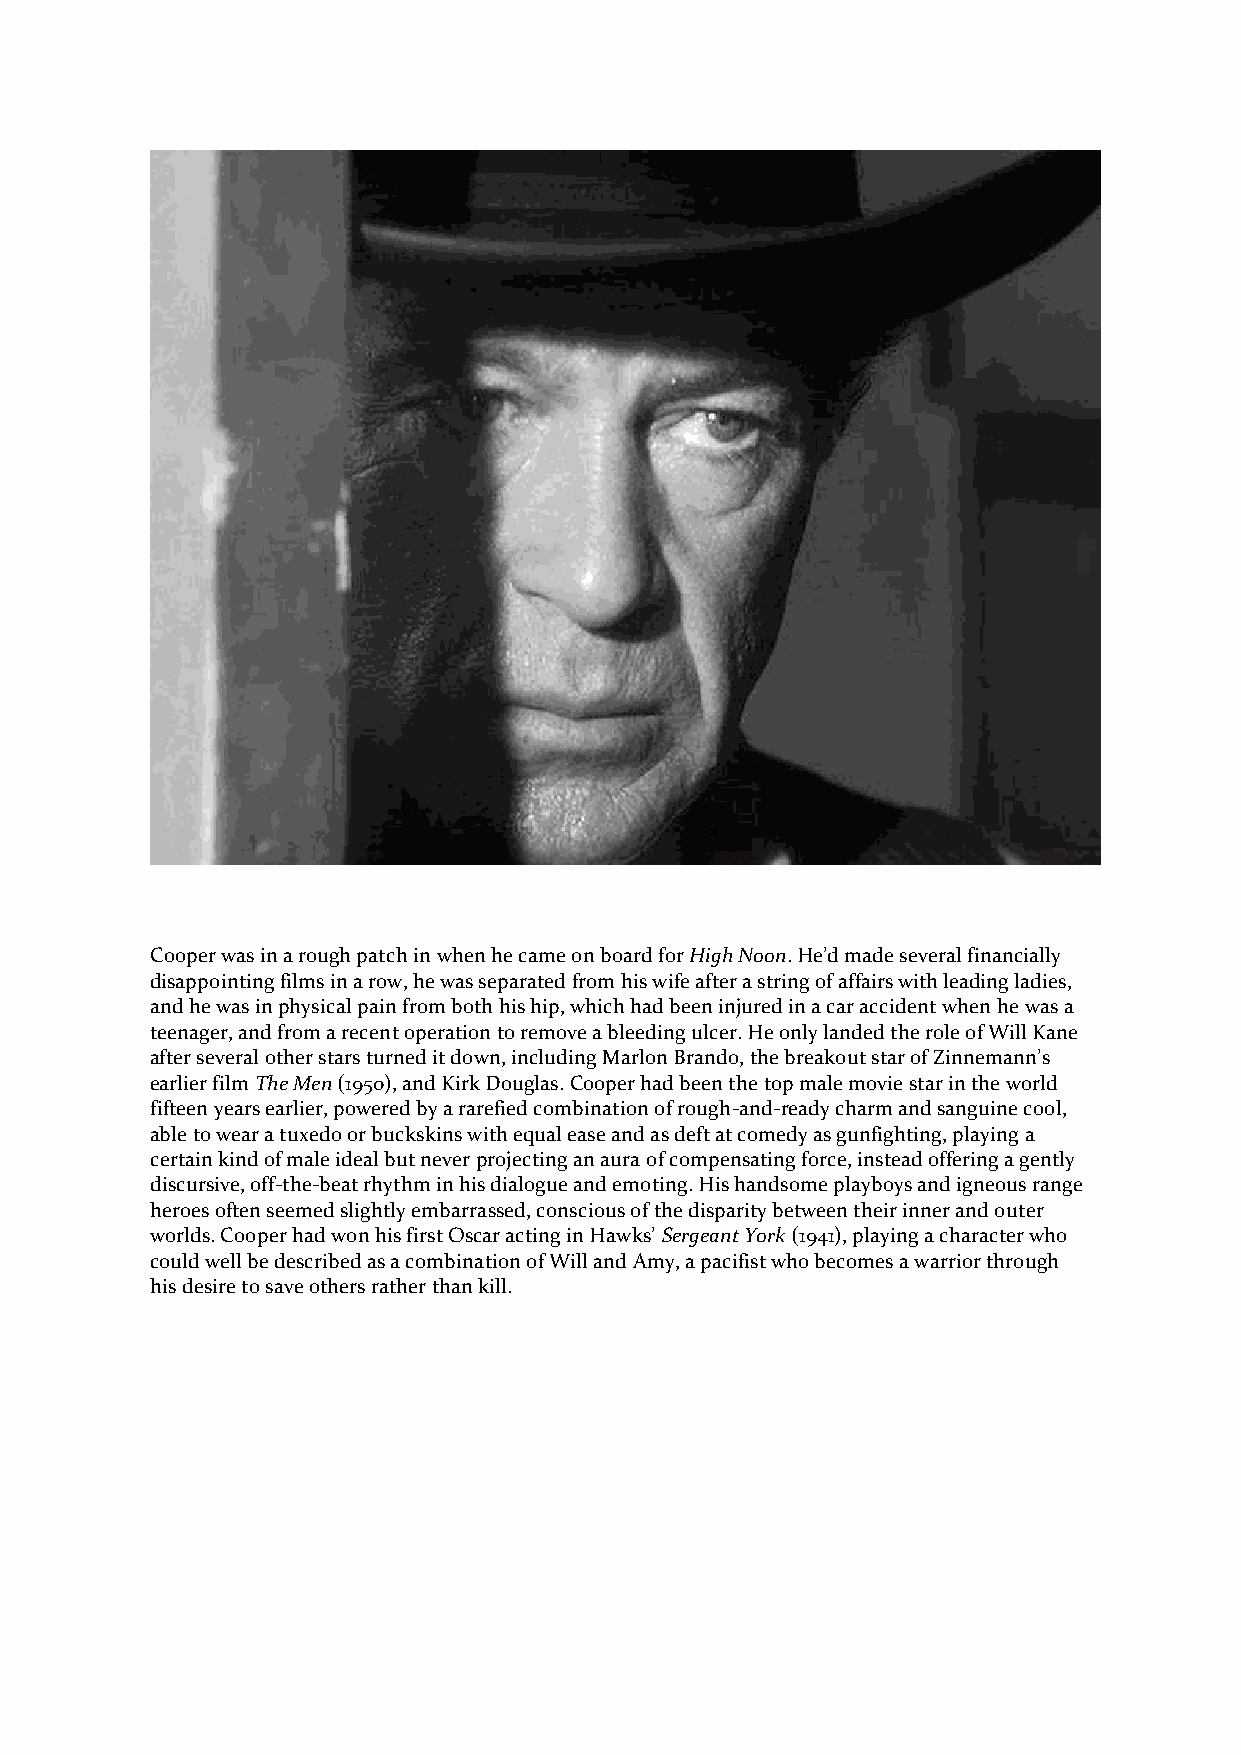
Cooper was in a rough patch in when he came on board for High Noon. He’d made several financially
 disappointing films in a row, he was separated from his wife after a string of affairs with leading ladies,
 and he was in physical pain from both his hip, which had been injured in a car accident when he was a
 teenager, and from a recent operation to remove a bleeding ulcer. He only landed the role of Will Kane
 after several other stars turned it down, including Marlon Brando, the breakout star of Zinnemann’s
 earlier film The Men (1950), and Kirk Douglas. Cooper had been the top male movie star in the world
 fifteen years earlier, powered by a rarefied combination of rough-and-ready charm and sanguine cool,
 able to wear a tuxedo or buckskins with equal ease and as deft at comedy as gunfighting, playing a
 certain kind of male ideal but never projecting an aura of compensating force, instead offering a gently
 discursive, off-the-beat rhythm in his dialogue and emoting. His handsome playboys and igneous range
 heroes often seemed slightly embarrassed, conscious of the disparity between their inner and outer
 worlds. Cooper had won his first Oscar acting in Hawks’ Sergeant York (1941), playing a character who
 could well be described as a combination of Will and Amy, a pacifist who becomes a warrior through
 his desire to save others rather than kill.